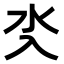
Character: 𣱸